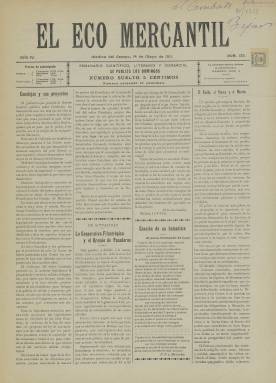
Título: El Eco mercantil
Colección: Periódicos
Ámbito geográfico: Valladolid
Lugar de publicación: Medina del Campo [Valladolid]
Fechas: 14/05/1911-14/05/1911